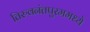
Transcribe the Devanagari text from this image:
तिरुवनंतपुरममध्ये